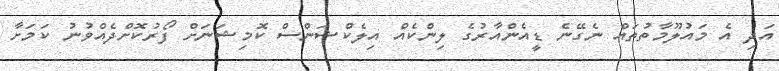
އަދި އެ މައުލޫމާތުތައް ނެގޭނެ ޑީއެންއާރުގެ ލިންކެއް އިލެކްޝަންސް ކޮމިޝަނަށް ފޯރުކޮށްދެއްވުނު ކަމަށާ